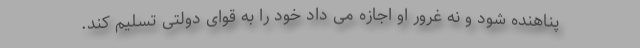
پناهنده شود و نه غرور او اجازه می داد خود را به قوای دولتی تسلیم کند.